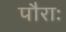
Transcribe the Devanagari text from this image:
पौराः